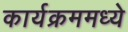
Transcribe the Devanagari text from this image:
कार्यक्रममध्ये